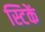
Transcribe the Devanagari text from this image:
स्टिकें